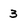
Character: 3